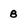
Character: 8